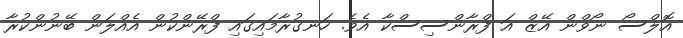
އޮލްސޯ ނޯވްން އޭޒް އަ ފްރާންސިސްކާ އެވެ. ހަނގުރާމައިގައި ފްރޭންކުން އެއްލަން ބޭނުންކުރާ